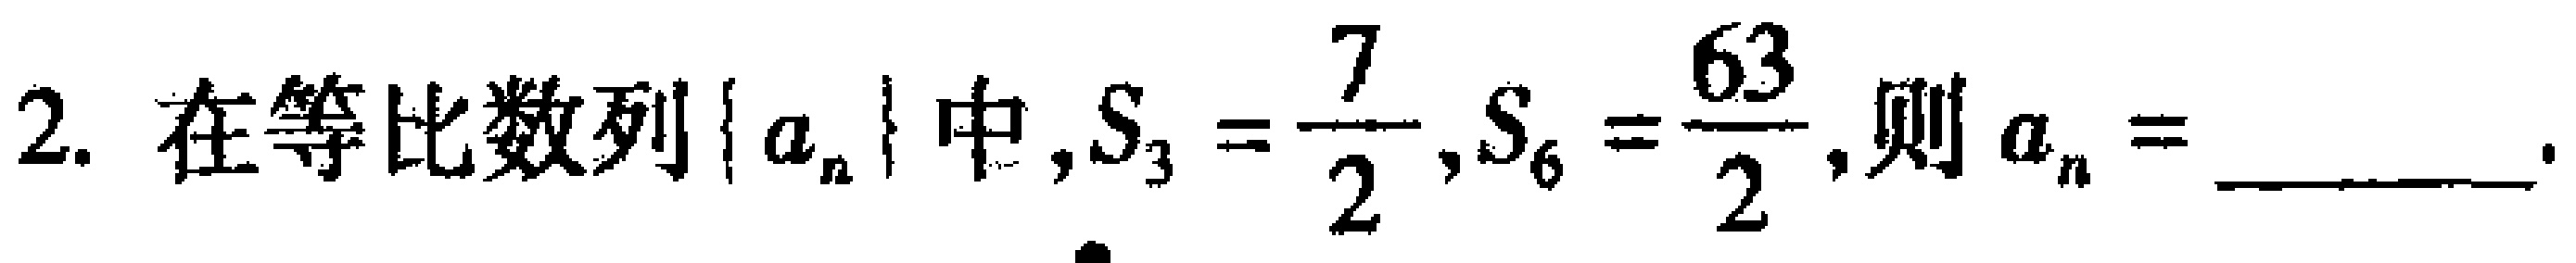
2. 在等比数列\(\{ a_{n}\}\)中，\(S_{3}=\frac{7}{2}\)，\(S_{6}=\frac{63}{2}\)，则\(a_{n} =\)________.